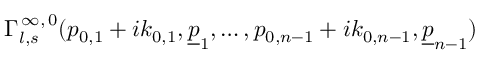
\Gamma _ { l , s } ^ { \, \infty , \, 0 } ( p _ { 0 , 1 } + i k _ { 0 , 1 } , \underline { { { p } } } _ { 1 } , \ldots , p _ { 0 , n - 1 } + i k _ { 0 , n - 1 } , \underline { { { p } } } _ { n - 1 } )